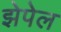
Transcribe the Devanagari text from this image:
झेपेल